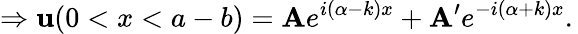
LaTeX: \Rightarrow\mathbf{u}(0<x<a-b)=\mathbf{A}e^{i(\alpha-k)x}+\mathbf{A}^{\prime}e^{-i(\alpha+k)x}.\,